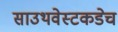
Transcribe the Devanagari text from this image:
साउथवेस्टकडेच